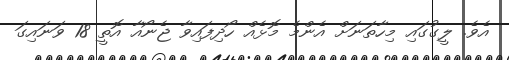
އެވެ. ލީގުގައި މިހާތަނަށް އެންމެ މޮޅެއް ހޯދިފައިވާ ޖެނޯއާ އޮތީ 18 ވަނައިގަ